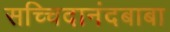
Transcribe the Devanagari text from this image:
सच्चिदानंदबाबा